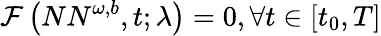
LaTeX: \mathcal{F}\left({NN}^{\omega,b},t;\lambda\right)=0,\forall t\in[t_{0},T]